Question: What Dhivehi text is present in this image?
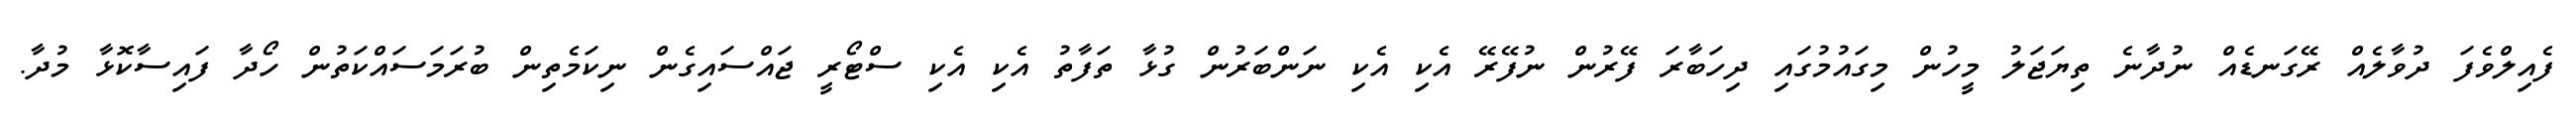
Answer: ފެއިލްވެފަ ދުވާލެއް ރޭގަނޑެއް ނުދާނެ ތިޔަޖަލު މީހުން މިގައުމުގައި ދިހަބާރަ ފޭރުން ނުފޭރޭ އެކި އެކި ނަންބަރުން ގުޅާ ތަފާތު އެކި އެކި ސްޓޯރީ ޖައްސައިގެން ނިކަމެތިން ބުރަމަސައްކަތުން ހޯދާ ފައިސާކޮޅާ މުދާ.